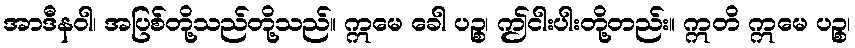
အာဒီနဝါ၊ အပြစ်တို့သည်တို့သည်။ ဣမေ ခေါ ပဉ္စ၊ ဤငါးပါးတို့တည်း။ ဣတိ ဣမေ ပဉ္စ၊